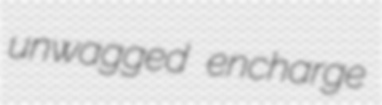
unwagged encharge